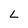
Character: L